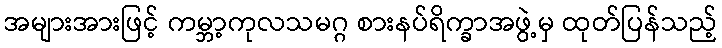
အများအားဖြင့် ကမ္ဘာ့ကုလသမဂ္ဂ စားနပ်ရိက္ခာအဖွဲ့မှ ထုတ်ပြန်သည့်